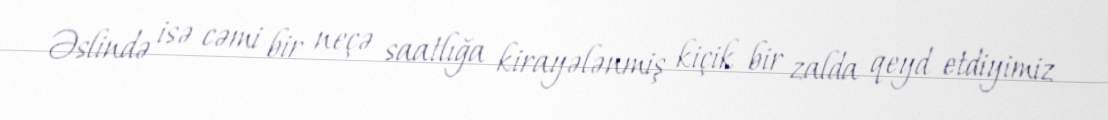
Əslində isə cəmi bir neçə saatlığa kirayələnmiş kiçik bir zalda qeyd etdiyimiz